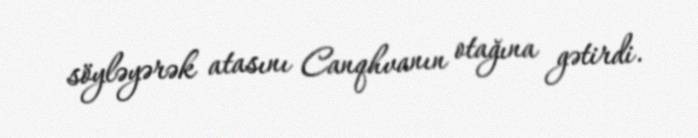
söyləyərək atasını Canqhvanın otağına gətirdi.